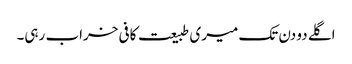
اگلے دو دن تک میری طبیعت کافی خراب رہی۔